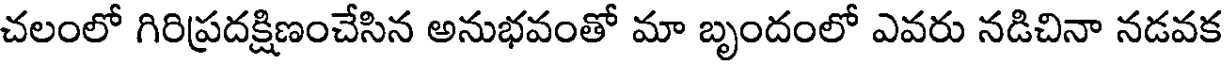
చలంలో గిరిప్రదక్షిణంచేసిన అనుభవంతో మా బృందంలో ఎవరు నడిచినా నడవక